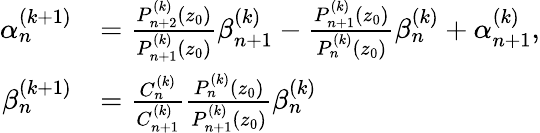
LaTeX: \begin{array}{rl}{\alpha_{n}^{(k+1)}}&{=\frac{P_{n+2}^{(k)}\left(z_{0}\right)}{P_{n+1}^{(k)}\left(z_{0}\right)}\beta_{n+1}^{(k)}-\frac{P_{n+1}^{(k)}\left(z_{0}\right)}{P_{n}^{(k)}\left(z_{0}\right)}\beta_{n}^{(k)}+\alpha_{n+1}^{(k)},}\\ {\beta_{n}^{(k+1)}}&{=\frac{C_{n}^{(k)}}{C_{n+1}^{(k)}}\frac{P_{n}^{(k)}\left(z_{0}\right)}{P_{n+1}^{(k)}\left(z_{0}\right)}\beta_{n}^{(k)}}\end{array}